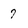
Character: 7